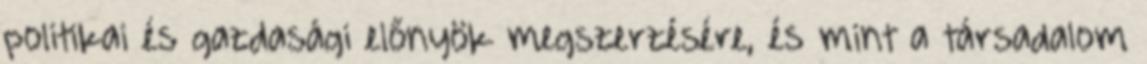
politikai és gazdasági előnyök megszerzésére, és mint a társadalom